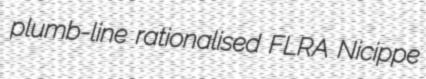
plumb-line rationalised FLRA Nicippe